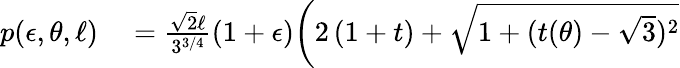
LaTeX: \begin{array}{rl}{p(\epsilon,\theta,\ell)}&{{}=\frac{\sqrt{2}\ell}{3^{3/4}}(1+\epsilon)\bigg(2\left(1+t\right)+\sqrt{1+(t(\theta)-\sqrt{3})^{2}}}\end{array}